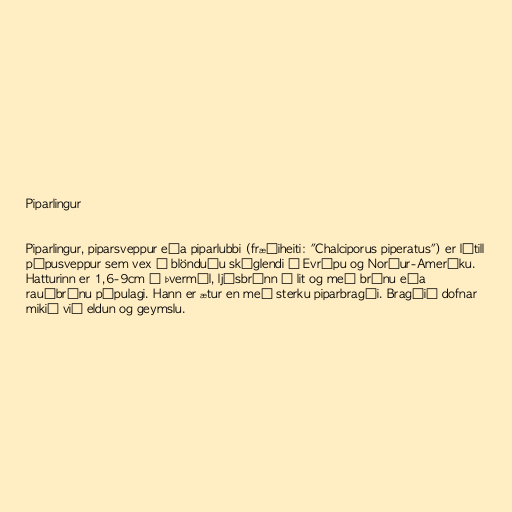
Piparlingur

Piparlingur, piparsveppur eða piparlubbi (fræðiheiti: "Chalciporus piperatus") er lítill
pípusveppur sem vex í blönduðu skóglendi í Evrópu og Norður-Ameríku.
Hatturinn er 1,6-9cm í þvermál, ljósbrúnn á lit og með brúnu eða
rauðbrúnu pípulagi. Hann er ætur en með sterku piparbragði. Bragðið dofnar
mikið við eldun og geymslu.